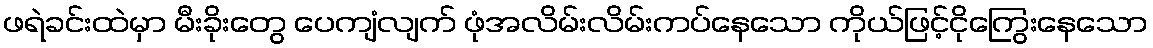
ဖရဲခင်းထဲမှာ မီးခိုးတွေ ပေကျံလျက် ဖုံအလိမ်းလိမ်းကပ်နေသော ကိုယ်ဖြင့်ငိုကြွေးနေသော